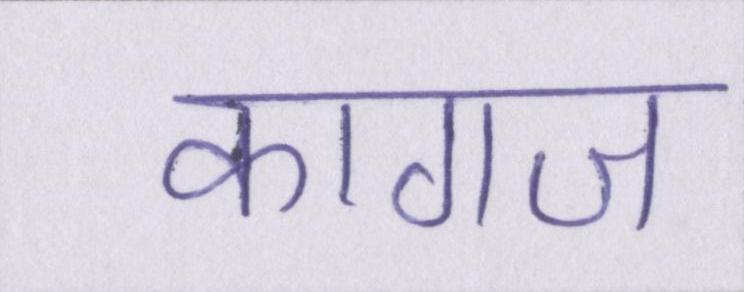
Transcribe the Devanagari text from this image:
कागज